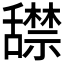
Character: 𬜏